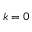
k = 0